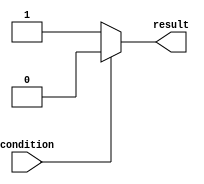
module if_else_example (
    input wire condition,
    output reg result
);

always @* begin
    if (~condition) begin
        result <= 1'b1; // Execute if condition is false
    end else begin
        result <= 1'b0; // Execute if condition is true
    end
end

endmodule